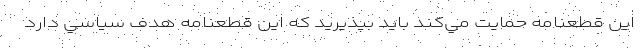
اين قطعنامه حمايت مي‌كند بايد بپذيريد كه اين قطعنامه هدف سياسي دارد